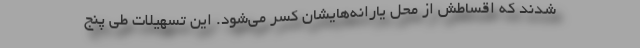
شدند که اقساطش از محل یارانه‌هایشان کسر می‌شود. این تسهیلات طی پنج